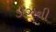
ડોઝની